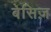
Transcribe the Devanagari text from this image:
बेसिज़